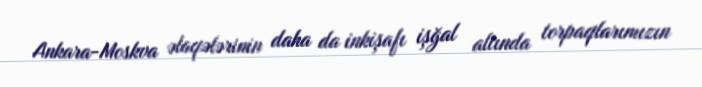
Ankara-Moskva əlaqələrinin daha da inkişafı işğal altında torpaqlarımızın